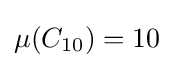
\mu (C_{10})=10